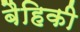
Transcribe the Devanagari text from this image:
बैहिकी